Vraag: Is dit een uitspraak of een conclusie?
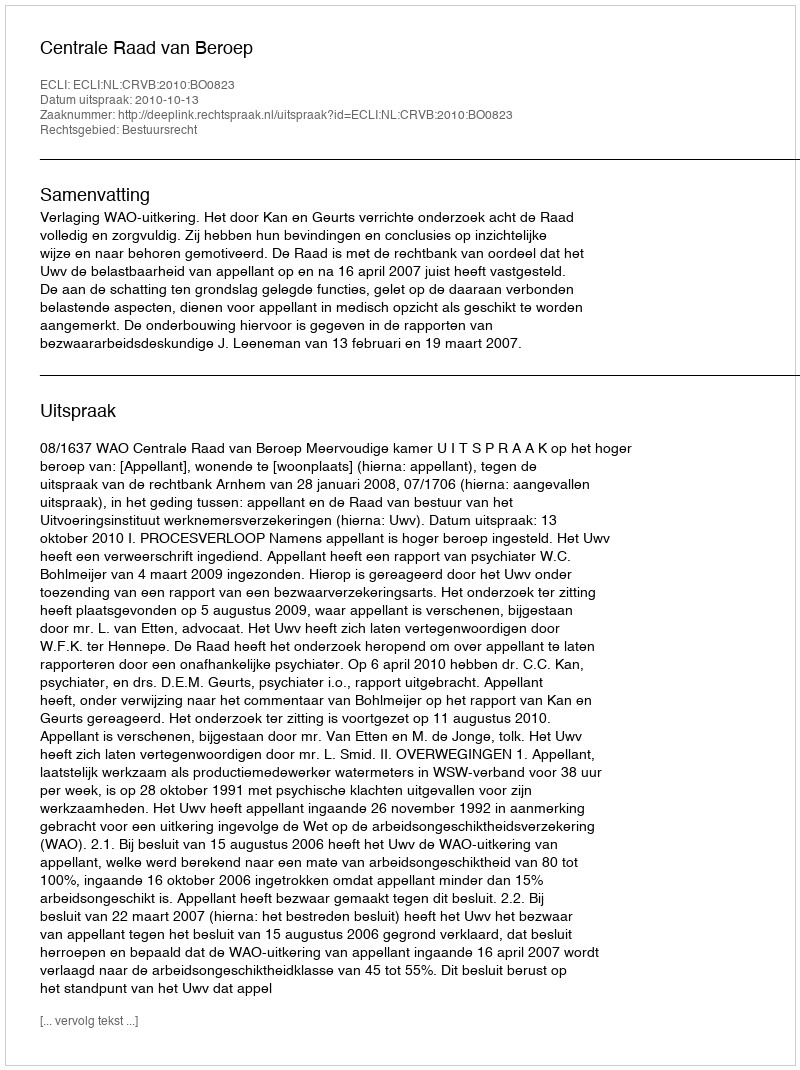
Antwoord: Uitspraak